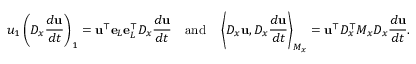
u _ { 1 } \left( D _ { x } \frac { d \mathbf { u } } { d t } \right) _ { 1 } = \mathbf { u } ^ { \top } \mathbf { e } _ { L } \mathbf { e } _ { L } ^ { \top } D _ { x } \frac { d \mathbf { u } } { d t } \quad \mathrm { a n d } \quad \left\langle D _ { x } \mathbf { u } , D _ { x } \frac { d \mathbf { u } } { d t } \right\rangle _ { M _ { x } } = \mathbf { u } ^ { \top } D _ { x } ^ { \top } M _ { x } D _ { x } \frac { d \mathbf { u } } { d t } .